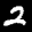
Label: 2